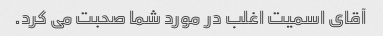
آقای اسمیت اغلب در مورد شما صحبت می کرد.